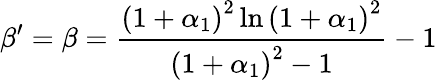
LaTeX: \beta^{\prime}=\beta=\frac{\left(1+\alpha_{1}\right)^{2}\ln\left(1+\alpha_{1}\right)^{2}}{\left(1+\alpha_{1}\right)^{2}-1}-1